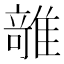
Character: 𱁊